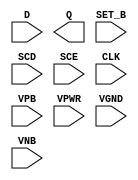
module sky130_fd_sc_hvl__sdfstp (
    //# {{data|Data Signals}}
    input  D    ,
    output Q    ,

    //# {{control|Control Signals}}
    input  SET_B,

    //# {{scanchain|Scan Chain}}
    input  SCD  ,
    input  SCE  ,

    //# {{clocks|Clocking}}
    input  CLK  ,

    //# {{power|Power}}
    input  VPB  ,
    input  VPWR ,
    input  VGND ,
    input  VNB
);
endmodule